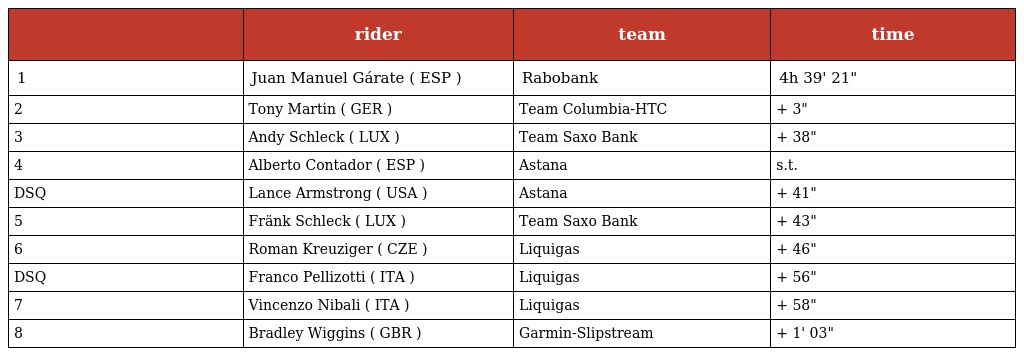
|  | rider | team | time |
 | --- | --- | --- | --- |
 | 1 | Juan Manuel Gárate ( ESP ) | Rabobank | 4h 39' 21" |
 | 2 | Tony Martin ( GER ) | Team Columbia-HTC | + 3" |
 | 3 | Andy Schleck ( LUX ) | Team Saxo Bank | + 38" |
 | 4 | Alberto Contador ( ESP ) | Astana | s.t. |
 | DSQ | Lance Armstrong ( USA ) | Astana | + 41" |
 | 5 | Fränk Schleck ( LUX ) | Team Saxo Bank | + 43" |
 | 6 | Roman Kreuziger ( CZE ) | Liquigas | + 46" |
 | DSQ | Franco Pellizotti ( ITA ) | Liquigas | + 56" |
 | 7 | Vincenzo Nibali ( ITA ) | Liquigas | + 58" |
 | 8 | Bradley Wiggins ( GBR ) | Garmin-Slipstream | + 1' 03" |